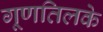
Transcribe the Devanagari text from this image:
गूणतिलके